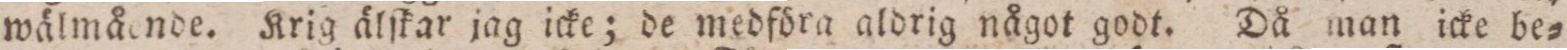
wälmående. Krig älſkar jag icke; de medföra aldrig något godt. Då man icke be=